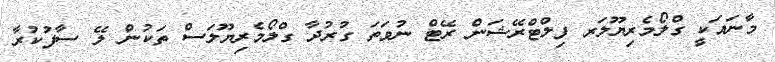
މާނައަކީ ގްލޯމެރިޔޫލަރ ފިލްޓްރޭޝަން ރޭޓް ނުވަތަ ގުރުދާ ގްލޯމެރިޔޫލަސް ތަކުން ލޭ ސާފުކުރާ